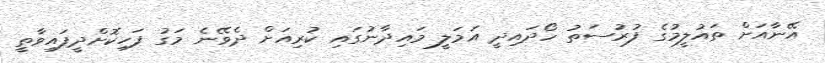
އޭނާއަށް ތައުލީމުގެ ފުރުސަތު ހޯދައިދީ އަމަލީ މައިދާނުގައި ކުރިއަށް ދެވޭނެ މަގު ފަހިކޮށްދީފައިވާތީ